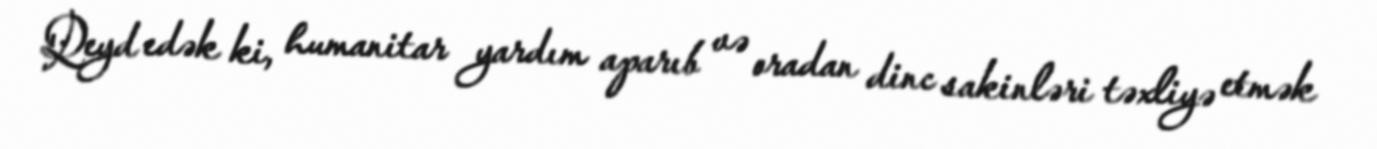
Qeyd edək ki, humanitar yardım aparıb və oradan dinc sakinləri təxliyə etmək